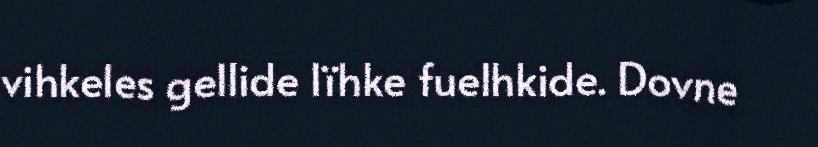
vihkeles gellide lïhke fuelhkide. Dovne